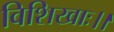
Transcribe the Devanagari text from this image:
विशिखाः।।